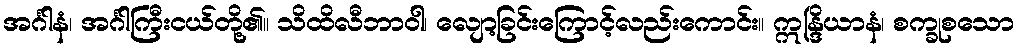
အင်္ဂါနံ၊ အင်္ဂါကြီးငယ်တို့၏။ သိထိလီဘာဝါ၊ လျော့ခြင်းကြောင့်လည်းကောင်း။ ဣန္ဒြိယာနံ၊ စက္ခုစသော